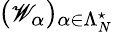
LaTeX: ({\small{\mathscr W}}_{\alpha})_{\alpha\in\Lambda_{N}^{\star}}